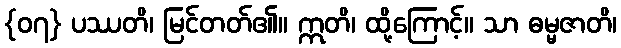
{၀၇} ပဿတိ၊ မြင်တတ်၏။ ဣတိ၊ ထို့ကြောင့်။ သာ ဓမ္မဇာတိ၊